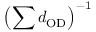
\left( \sum d _ { \mathrm { O D } } \right) ^ { - 1 }